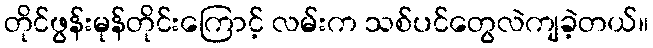
တိုင်ဖွန်းမုန်တိုင်းကြောင့် လမ်းက သစ်ပင်တွေလဲကျခဲ့တယ်။